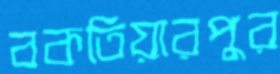
বকতিয়ারপুর